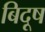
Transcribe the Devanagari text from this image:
बिदूष